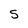
Character: 5